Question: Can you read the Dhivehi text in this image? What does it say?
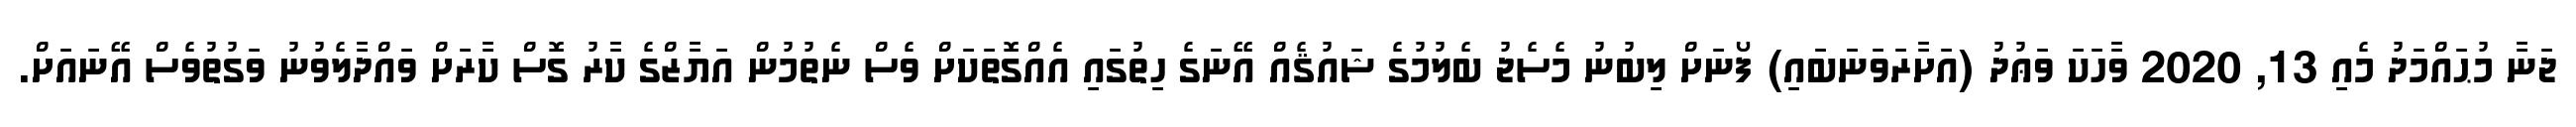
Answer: ޖަނާ މުޙައްމަދު މެއި 13, 2020 ވާހަކަ ވަޢުދު (އަށާރަވަނަބައި) ފޯނަށް ލިބުނު މެސެޖު ބެލުމުގެ ޝައުޤެއް އޭނަގެ ހިތުގައި އެއްގޮތަކަށް ވެސް ނެތުމުން އަޔާޒްގެ ކާރު ގޮސް ކާރަށް ވައްދާލެވުނު ވަގުތުވެސް އޭނައަށް.